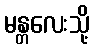
မန္တလေးသို့